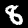
Label: 8